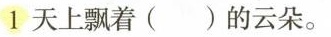
1 天上飘着()的云朵。